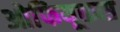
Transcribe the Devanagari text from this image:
ओफियूकस